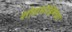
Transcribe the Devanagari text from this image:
शोधमोहिमेच्या